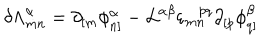
LaTeX: \delta { \Lambda } _ { m n } ^ { \alpha } = \partial _ { [ m } \phi _ { n ] } ^ { \alpha } - { \cal L } ^ { \alpha \beta } \varepsilon _ { m n } ^ { p q } \partial _ { [ p } \phi _ { q ] } ^ { \beta }